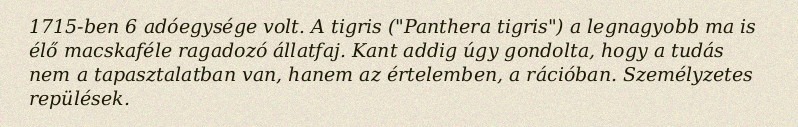
1715-ben 6 adóegysége volt. A tigris ("Panthera tigris") a legnagyobb ma is élő macskaféle ragadozó állatfaj. Kant addig úgy gondolta, hogy a tudás nem a tapasztalatban van, hanem az értelemben, a rációban. Személyzetes repülések.